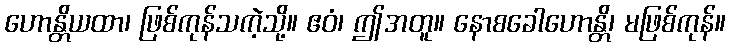
ဟောန္တိယထာ၊ ဖြစ်ကုန်သကဲ့သို့။ ဧဝံ၊ ဤအတူ။ နောစခေါဟောန္တိ၊ မဖြစ်ကုန်။